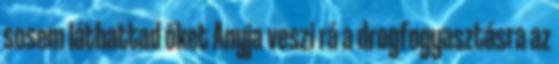
sosem láthattad őket Anyja veszi rá a drogfogyasztásra az